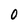
Character: O